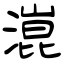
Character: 潉